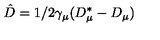
\hat { D } = 1 / 2 \gamma _ { \mu } ( D _ { \mu } ^ { * } - D _ { \mu } )